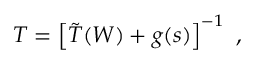
T = \left[ \tilde { T } ( W ) + g ( s ) \right] ^ { - 1 } ~ ,